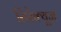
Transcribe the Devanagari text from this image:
सिरेक्यूज़